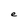
Character: e